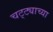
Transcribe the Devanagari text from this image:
चट्ट्याच्या